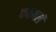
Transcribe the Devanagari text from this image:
कळवलं